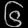
Digit: ၆